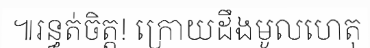
៕រន្ធត់ចិត្ត! ក្រោយដឹងមូលហេតុ